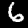
Digit: 6